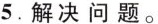
5.解决问题。